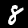
Label: 8